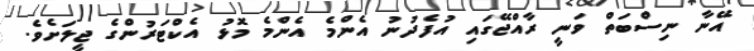
އޭނާ ނިސްބަތް ވަނީ ރާއްޖޭގައި އުފެދުނު އެންމެ އެންމެ މޮޅު އެކްޓަރުންގެ ޖީލަށެވެ.